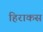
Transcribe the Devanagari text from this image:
हिराकस